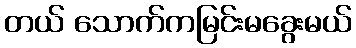
တယ် သောက်ကမြင်းမခွေးမယ်